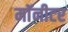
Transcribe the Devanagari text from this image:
माॅनीटर